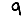
Digit: 9